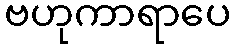
ဗဟုကာရာပေ